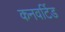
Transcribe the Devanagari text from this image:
कनवर्टिड